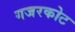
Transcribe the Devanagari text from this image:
गजरकोट